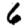
Digit: 6